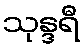
သုန္ဒရီ